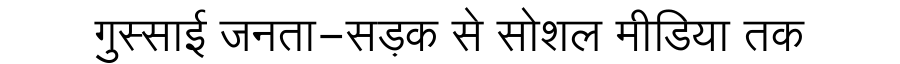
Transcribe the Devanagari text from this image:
गुस्साई जनता-सड़क से सोशल मीडिया तक